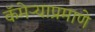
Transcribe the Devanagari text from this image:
कॅमेऱ्याप्रमाणे